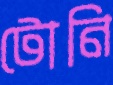
টোনি